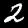
Digit: 2